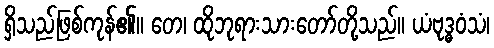
ရှိသည်ဖြစ်ကုန်၏။ တေ၊ ထိုဘုရားသားတော်တို့သည်။ ယံဗုဒ္ဓဝံသံ၊